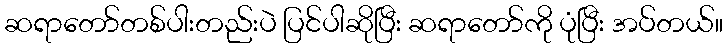
ဆရာတော်တစ်ပါးတည်းပဲ ပြင်ပါဆိုပြီး ဆရာတော်ကို ပုံပြီး အပ်တယ်။